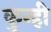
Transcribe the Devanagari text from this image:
कुन्ही